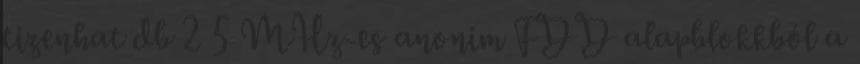
tizenhat db 2 5 MHz-es anonim FDD alapblokkból a